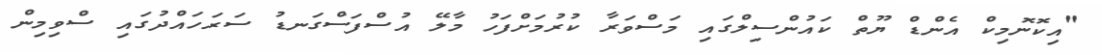
"އިކޮނޮމިކް އެންޑް ޔޫތް ކައުންސިލްގައި މަސްވަރާ ކުރުމަށްފަހު މާލޭ އުސްފަސްގަނޑު ސަރަހައްދުގައި ސްވިމިން